Calcutta medical institutions reports 1892-1900
Year: 1892
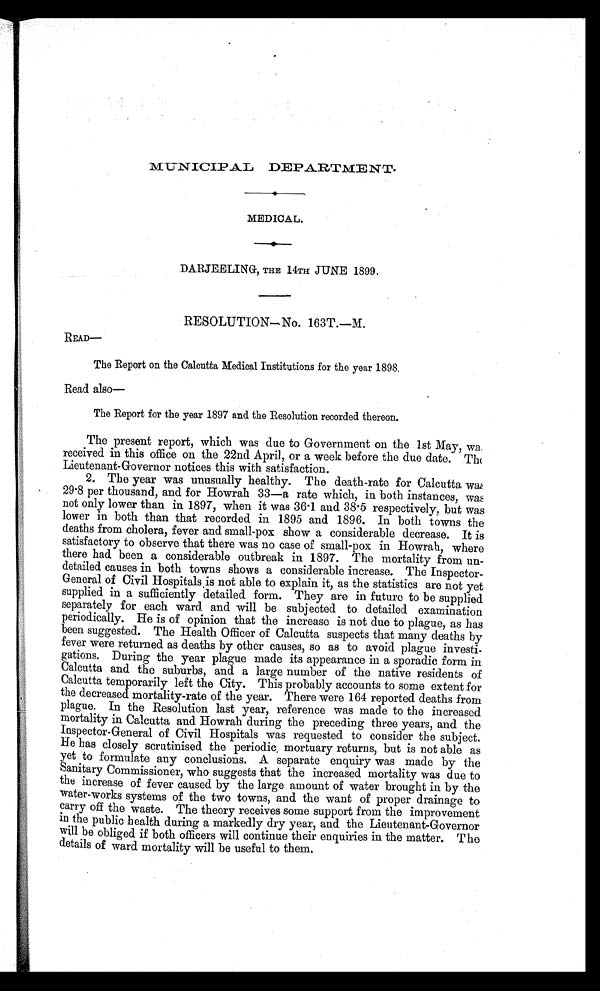
MUNICIPAL DEPARTME NT.
MEDICAL.
DARJEELING, THE 14TH JUNE 1899.
RESOLUTION—No. 163T.—M.
READ—
The Report on the Calcutta Medical Institutions for the year 1898.
Read also—
The Report for the year 1897 and the Resolution recorded thereon.
The present report, which was due to Government on the 1st May, was
received in this office on the 22nd April, or a week before the due date. The
Lieutenant-Governor notices this with satisfaction.
2. The year was unusually healthy. The death-rate for Calcutta was
29 .8 per thousand, and for Howrah 33—a rate which, in both instances, was
not only lower than in 1897, when it was 36 . 1 and 38 . 5 respectively, but was
lower in both than that recorded in 1895 and 1896. In both towns the
deaths from cholera, fever and small-pox show a considerable decrease. It is
satisfactory to observe that there was no case of small-pox in Howrah, where
there had been a considerable outbreak in 1897. The mortality from un-
detailed causes in both towns shows a considerable increase. The Inspector-
General of Civil Hospitals is not able to explain it, as the statistics are not yet
supplied in a sufficiently detailed form. They are in future to be supplied
separately for each ward and will be subjected to detailed examination
periodically. He is of opinion that the increase is not due to plague, as has
been suggested. The Health Officer of Calcutta suspects that many deaths by
fever were returned as deaths by other causes, so as to avoid plague investi-
gations. During the year plague made its appearance in a sporadic form in
Calcutta and the suburbs, and a large number of the native residents of
Calcutta temporarily left the City. This probably accounts to some extent for
the decreased mortality-rate of the year. There were 164 reported deaths from
plague. In the Resolution last year, reference was made to the increased
mortality in Calcutta and Howrah during the preceding three years, and the
Inspector-General of Civil Hospitals was requested to consider the subject.
He has closely scrutinised the periodic, mortuary returns, but is not able as
yet to formulate any conclusions. A separate enquiry was made by the
Sanitary Commissioner, who suggests that the increased mortality was due to
the increase of fever caused by the large amount of water brought in by the
water-works systems of the two towns, and the want of proper drainage to
carry off the waste. The theory receives some support from the improvement
in the public health during a markedly dry year, and the Lieutenant-Governor
will be obliged if both officers will continue their enquiries in the matter. The
details of ward mortality will be useful to them.